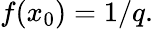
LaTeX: f(x_{0})=1/q.